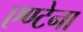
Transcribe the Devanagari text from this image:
एण्टेना